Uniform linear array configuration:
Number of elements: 4
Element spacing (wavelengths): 0.5
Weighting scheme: uniform
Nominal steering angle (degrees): -45
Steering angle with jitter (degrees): -43.049
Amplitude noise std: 0.05
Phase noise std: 0.05

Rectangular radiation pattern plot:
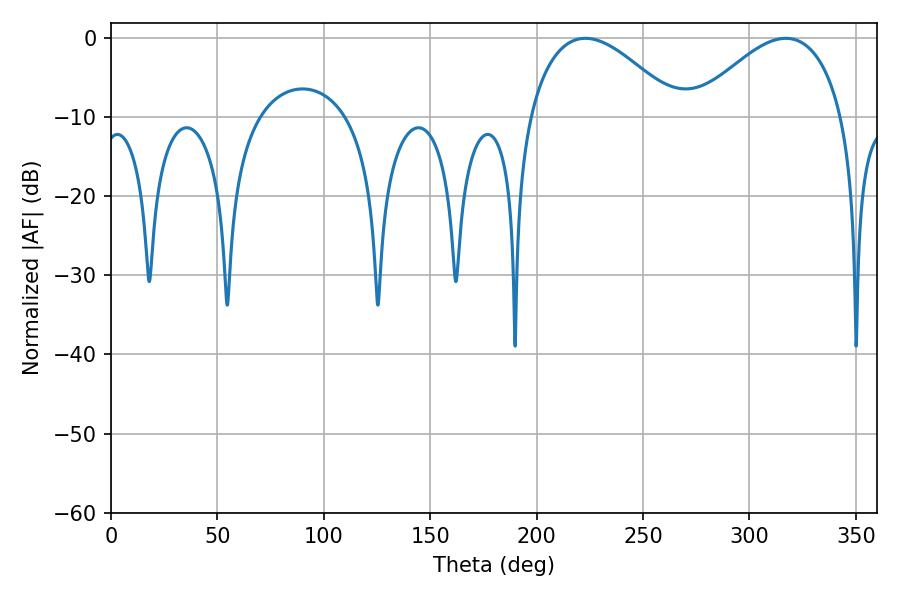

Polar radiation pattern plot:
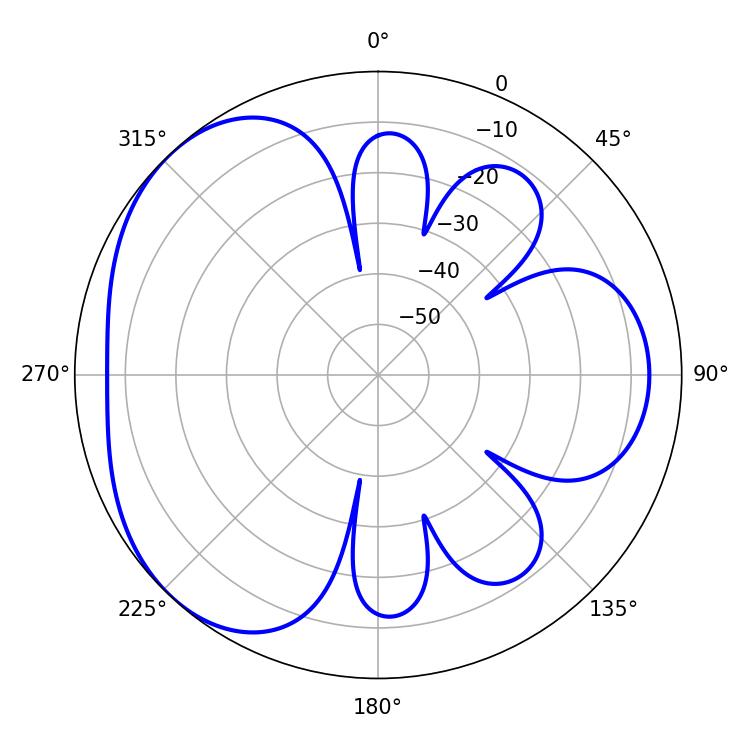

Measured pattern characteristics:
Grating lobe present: FALSE
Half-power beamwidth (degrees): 38.7
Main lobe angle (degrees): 222.84